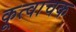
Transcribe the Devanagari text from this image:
कूत्वाचक